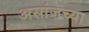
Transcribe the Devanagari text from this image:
असांजच्या